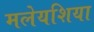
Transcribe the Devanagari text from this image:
मलेयशिया